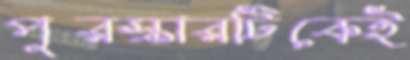
পুরস্কারটিকেই